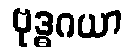
ဗုဒ္ဓဂယာ